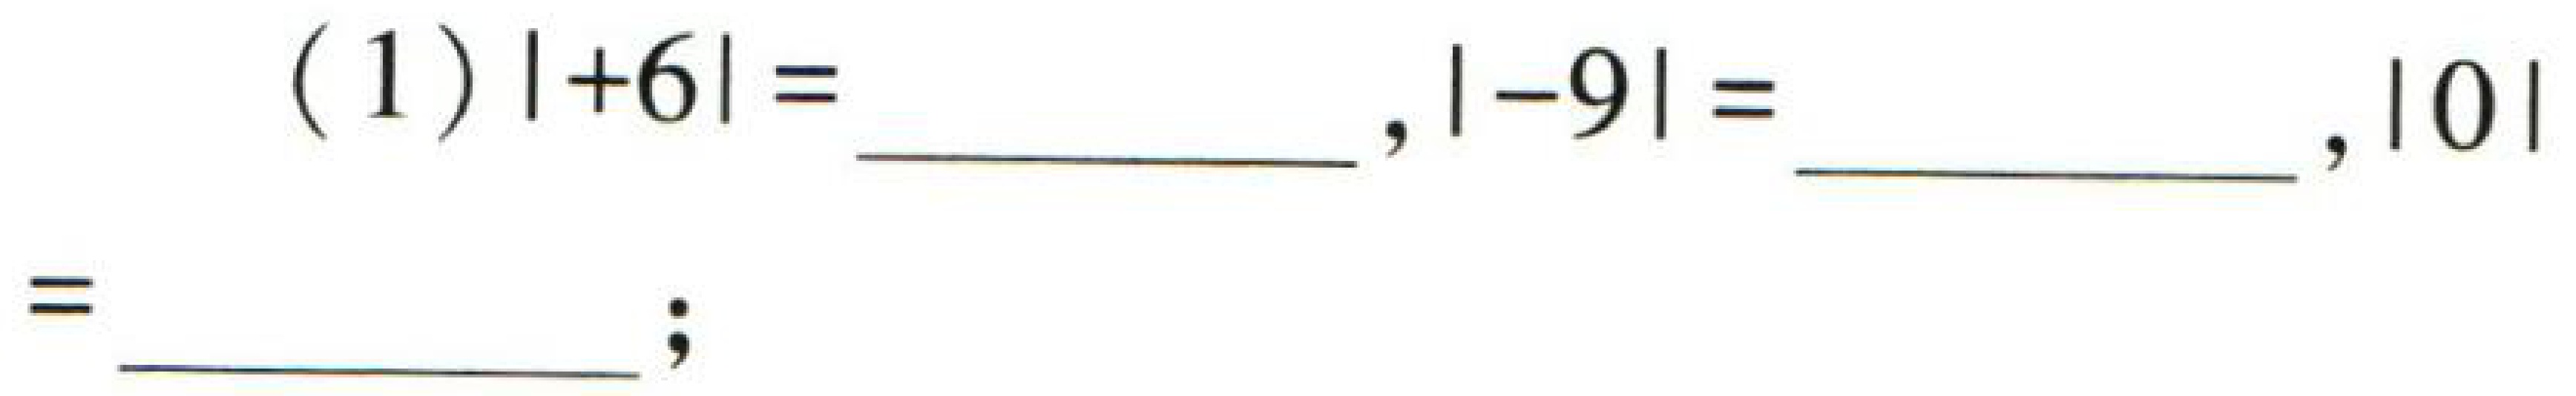
(1)$| + 6| = \_\_\_\_\_\_ ,| - 9| = \_\_\_\_\_\_ ,|0| = \_\_\_\_\_\_ ;$